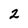
Character: 2